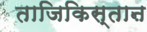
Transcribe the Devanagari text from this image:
ताजिकिस्ताऩ